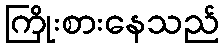
ကြိုးစားနေသည်